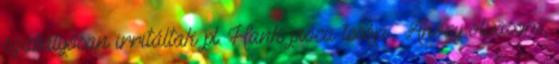
szabályosan irritáltak pl. Hank pióca tesója . Ahogy olvasom,